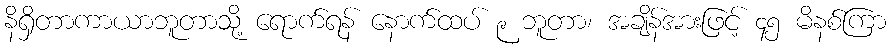
နိရှိတာကာယာဘူတာသို့ ရောက်ရန် နောက်ထပ် ၉ ဘူတာ၊ အချိန်အားဖြင့် ၄၅ မိနစ်ကြာ